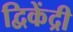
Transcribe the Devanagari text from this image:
द्विकेंद्री